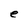
Character: e